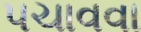
પચાવવા